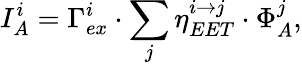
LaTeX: I_{A}^{i}=\Gamma_{ex}^{i}\cdot\sum_{j}\eta_{EET}^{i\to j}\cdot\Phi_{A}^{j},